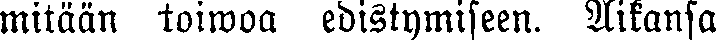
mitään toiwoa edistymiseen. Aikansa